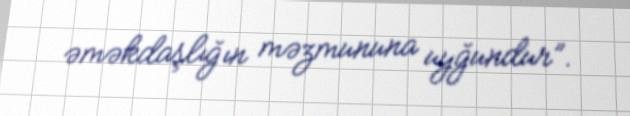
əməkdaşlığın məzmununa uyğundur”.